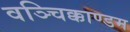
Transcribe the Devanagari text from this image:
वञ्चिक्काण्डम